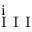
_ \mathrm { ~ I ~ I ~ I ~ } ^ { \mathrm { ~ i ~ } }